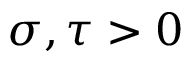
\sigma , \tau > 0